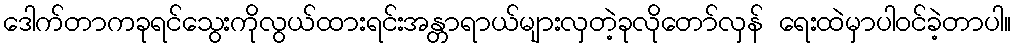
ဒေါက်တာကခုရင်သွေးကိုလွယ်ထားရင်းအန္တာရာယ်များလှတဲ့ခုလိုတော်လှန် ရေးထဲမှာပါဝင်ခဲ့တာပါ။